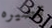
قصيره